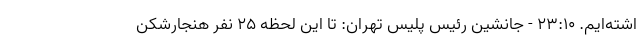
اشته‌ایم. 23:10 - جانشین رئیس پلیس تهران: تا این لحظه ۲۵ نفر هنجارشکن